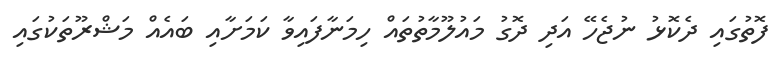
ފޮތުގައި ދެކޮޅު ނުޖެހޭ އަދި ދޮގު މައުލޫމާތުތައް ހިމަނާފައިވާ ކަމަށާއި ބައެއް މަޝްރޫތަކުގައި